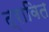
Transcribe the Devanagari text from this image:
द्रावित